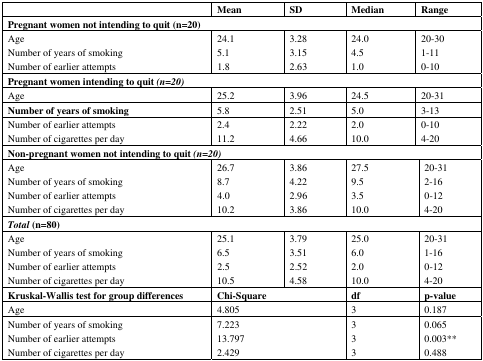
<table><thead><tr><td></td><td><b>Mean</b></td><td><b>SD</b></td><td><b>Median</b></td><td><b>Range</b></td></tr></thead><tbody><tr><td colspan="5"><b>Pregnant women not intending to quit (n=20)</b></td></tr><tr><td>Age</td><td>24.1</td><td>3.28</td><td>24.0</td><td>20–30</td></tr><tr><td>Number of years of smoking</td><td>5.1</td><td>3.15</td><td>4.5</td><td>1–11</td></tr><tr><td>Number of earlier attempts</td><td>1.8</td><td>2.63</td><td>1.0</td><td>0–10</td></tr><tr><td colspan="5"><b>Pregnant women intending to quit <i>(n=20)</i></b></td></tr><tr><td>Age</td><td>25.2</td><td>3.96</td><td>24.5</td><td>20–31</td></tr><tr><td><b>Number of years of smoking</b></td><td>5.8</td><td>2.51</td><td>5.0</td><td>3–13</td></tr><tr><td>Number of earlier attempts</td><td>2.4</td><td>2.22</td><td>2.0</td><td>0–10</td></tr><tr><td>Number of cigarettes per day</td><td>11.2</td><td>4.66</td><td>10.0</td><td>4–20</td></tr><tr><td colspan="5"><b>Non-pregnant women not intending to quit <i>(n=20)</i></b></td></tr><tr><td>Age</td><td>26.7</td><td>3.86</td><td>27.5</td><td>20–31</td></tr><tr><td>Number of years of smoking</td><td>8.7</td><td>4.22</td><td>9.5</td><td>2–16</td></tr><tr><td>Number of earlier attempts</td><td>4.0</td><td>2.96</td><td>3.5</td><td>0–12</td></tr><tr><td>Number of cigarettes per day</td><td>10.2</td><td>3.86</td><td>10.0</td><td>4–20</td></tr><tr><td colspan="5"><b><i>Total</i> (n=80)</b></td></tr><tr><td>Age</td><td>25.1</td><td>3.79</td><td>25.0</td><td>20–31</td></tr><tr><td>Number of years of smoking</td><td>6.5</td><td>3.51</td><td>6.0</td><td>1–16</td></tr><tr><td>Number of earlier attempts</td><td>2.5</td><td>2.52</td><td>2.0</td><td>0–12</td></tr><tr><td>Number of cigarettes per day</td><td>10.5</td><td>4.58</td><td>10.0</td><td>4–20</td></tr><tr><td><b>Kruskal-Wallis test for group differences</b></td><td colspan="2"><b>Chi-Square</b></td><td><b>df</b></td><td><b>p-value</b></td></tr><tr><td>Age</td><td colspan="2">4.805</td><td>3</td><td>0.187</td></tr><tr><td>Number of years of smoking</td><td colspan="2">7.223</td><td>3</td><td>0.065</td></tr><tr><td>Number of earlier attempts</td><td colspan="2">13.797</td><td>3</td><td>0.003**</td></tr><tr><td>Number of cigarettes per day</td><td colspan="2">2.429</td><td>3</td><td>0.488</td></tr></tbody></table>